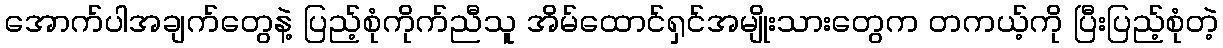
အောက်ပါအချက်တွေနဲ့ ပြည့်စုံကိုက်ညီသူ အိမ်ထောင်ရှင်အမျိုးသားတွေက တကယ့်ကို ပြီးပြည့်စုံတဲ့